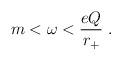
LaTeX: \begin{align*}m<\omega< \frac{eQ}{r_+}~.\end{align*}